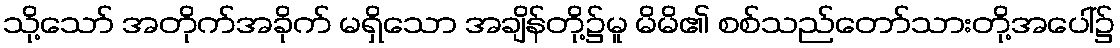
သို့သော် အတိုက်အခိုက် မရှိသော အချိန်တို့၌မူ မိမိ၏ စစ်သည်တော်သားတို့အပေါ်၌